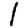
Digit: 1